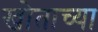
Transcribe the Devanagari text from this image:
खोताच्या